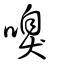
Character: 齅